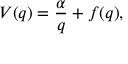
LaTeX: V ( q ) = \frac { \alpha } { q } + f ( q ) ,